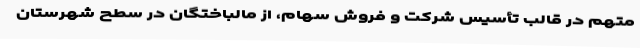
متهم در قالب تأسیس شرکت و فروش سهام، از مالباختگان در سطح شهرستان